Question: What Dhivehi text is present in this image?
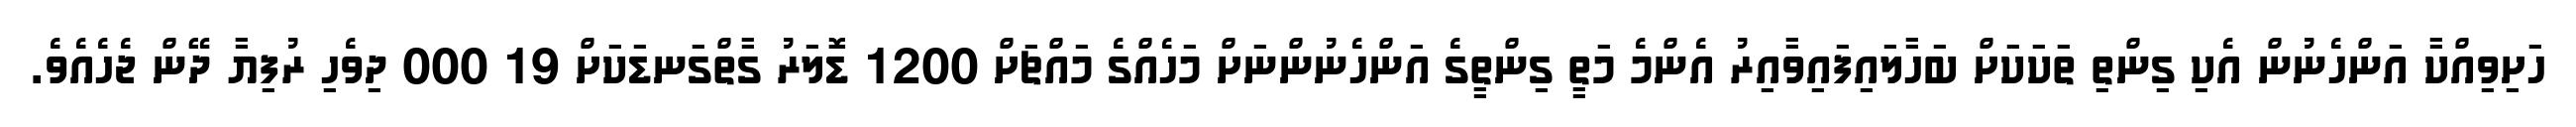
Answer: ހަށިވިއްކާ އަންހެނުން އެކި ގިންތި ތަކަކަށް ބަހާލައިފައިވާއިރު އެންމެ މަތީ ގިންތީގެ އަންހެނުންނަށް މަހެއްގެ މައްޗަށް 1200 ޑޮލަރު ގާތްގަނޑަކަށް 19 000 ދިވެހި ރުފިޔާ ދޭން ޖެހެއެވެ.